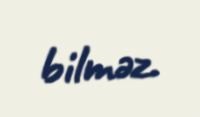
bilməz.